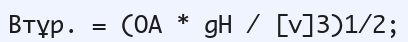
Bтұр. = (OА * gН / [v]3)1/2;